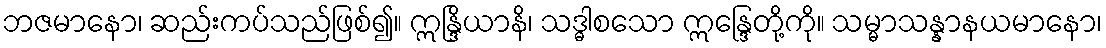
ဘဇမာနော၊ ဆည်းကပ်သည်ဖြစ်၍။ ဣန္ဒြိယာနိ၊ သဒ္ဓါစသော ဣန္ဒြေတို့ကို။ သမ္မာသန္နာနယမာနော၊